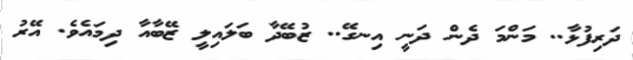
ދަރިފުޅާ.. މަންމަ ދެން ދަނީ އިނގޭ.. ޒުބޭދާ ބަލައިލީ ޒޭބާއާ ދިމައެވެ. އޭރު